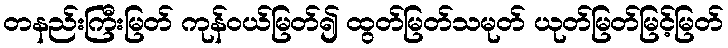
တနည်းကြီးမြတ် ကုန်ဝယ်မြတ်၍ ထွတ်မြတ်သမုတ် ယုတ်မြတ်မြင့်မြတ်